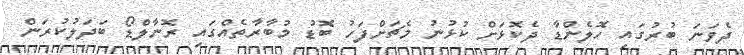
ދެވަނަ ބުރުގައި ހޮލެންޑާ ދެކޮޅަށް ކުޅުނު މެޗަށްފަހު ބޮޑު މުބާރާތެއްގައި ރޮނާލްޑޯ ބަދަލުކުރަން